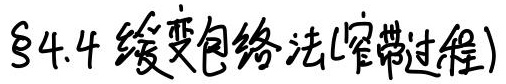
§4.4 缓变包络法(窄带过程)